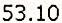
53.10